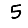
Digit: 5